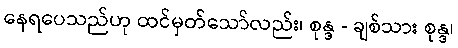
နေရပေသည်ဟု ထင်မှတ်သော်လည်း၊ စုန္ဒ - ချစ်သား စုန္ဒ၊